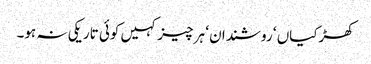
کھڑکیاں ‘ روشندان ‘ ہر چیز کہیں کوئی تاریکی نہ ہو۔